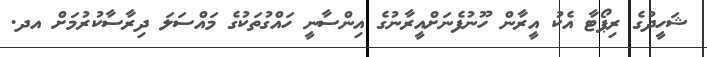
ޝަހީދުގެ ރިޕޯޓާ އެކު އީރާން ހޫނުފެނަށްއީރާނުގެ އިންސާނީ ހައްގުތަކުގެ މައްސަލަ ދިރާސާކުރުމަށް އދ.